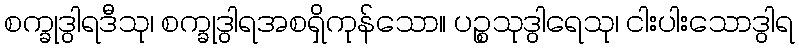
စက္ခုဒွါရဒီသု၊ စက္ခုဒွါရအစရှိကုန်သော။ ပဉ္စသုဒွါရေသု၊ ငါးပါးသောဒွါရ